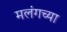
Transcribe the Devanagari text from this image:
मलंगच्या